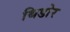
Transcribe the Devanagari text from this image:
थिडोर